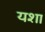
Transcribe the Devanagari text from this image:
यशा